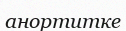
анортитке